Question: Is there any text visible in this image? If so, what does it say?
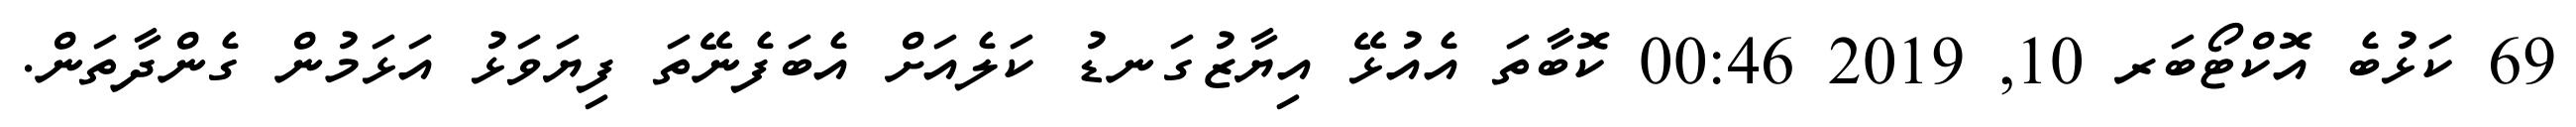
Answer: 69 ކަޅުބެ އޮކްޓޯބަރ 10, 2019 00:46 ކޮބާތަ އެއުޅޭ އިޔާޒުގަނޑު ކަލެއަށް އެބަފެނޭތަ ފިޔަވަޅު އަޅަމުން ގެންދާތަން.